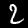
Digit: 2